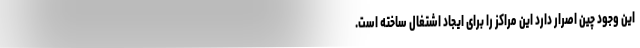
این وجود چین اصرار دارد این مراکز را برای ایجاد اشتغال ساخته است.